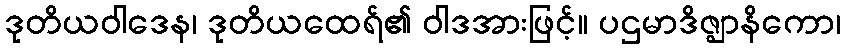
ဒုတိယဝါဒေန၊ ဒုတိယထေရ်၏ ဝါဒအားဖြင့်။ ပဌမာဒိဇ္ဈာနိကော၊